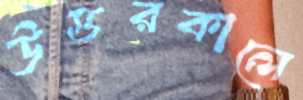
উত্তরকালে